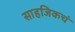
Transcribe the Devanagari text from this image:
साहजिकचं